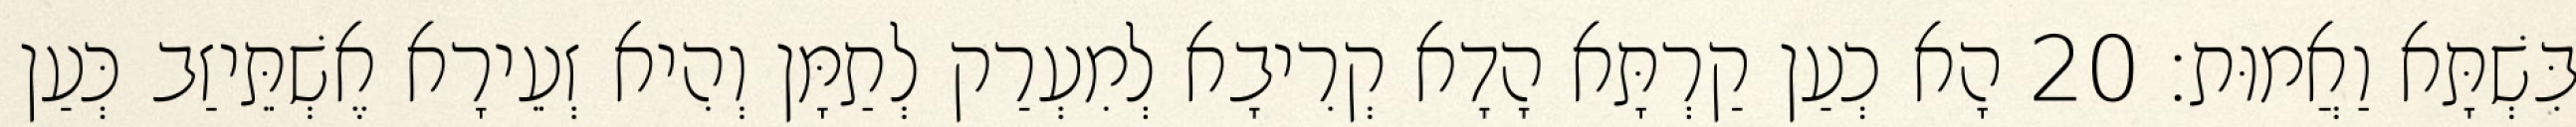
בִּשְׁתָּא וַאֲמוּת׃ 20 הָא כְעַן קַרְתָּא הָדָא קְרִיבָא לְמִעְרַק לְתַמָּן וְהִיא זְעֵירָא אֶשְׁתֵּיזַב כְּעַן